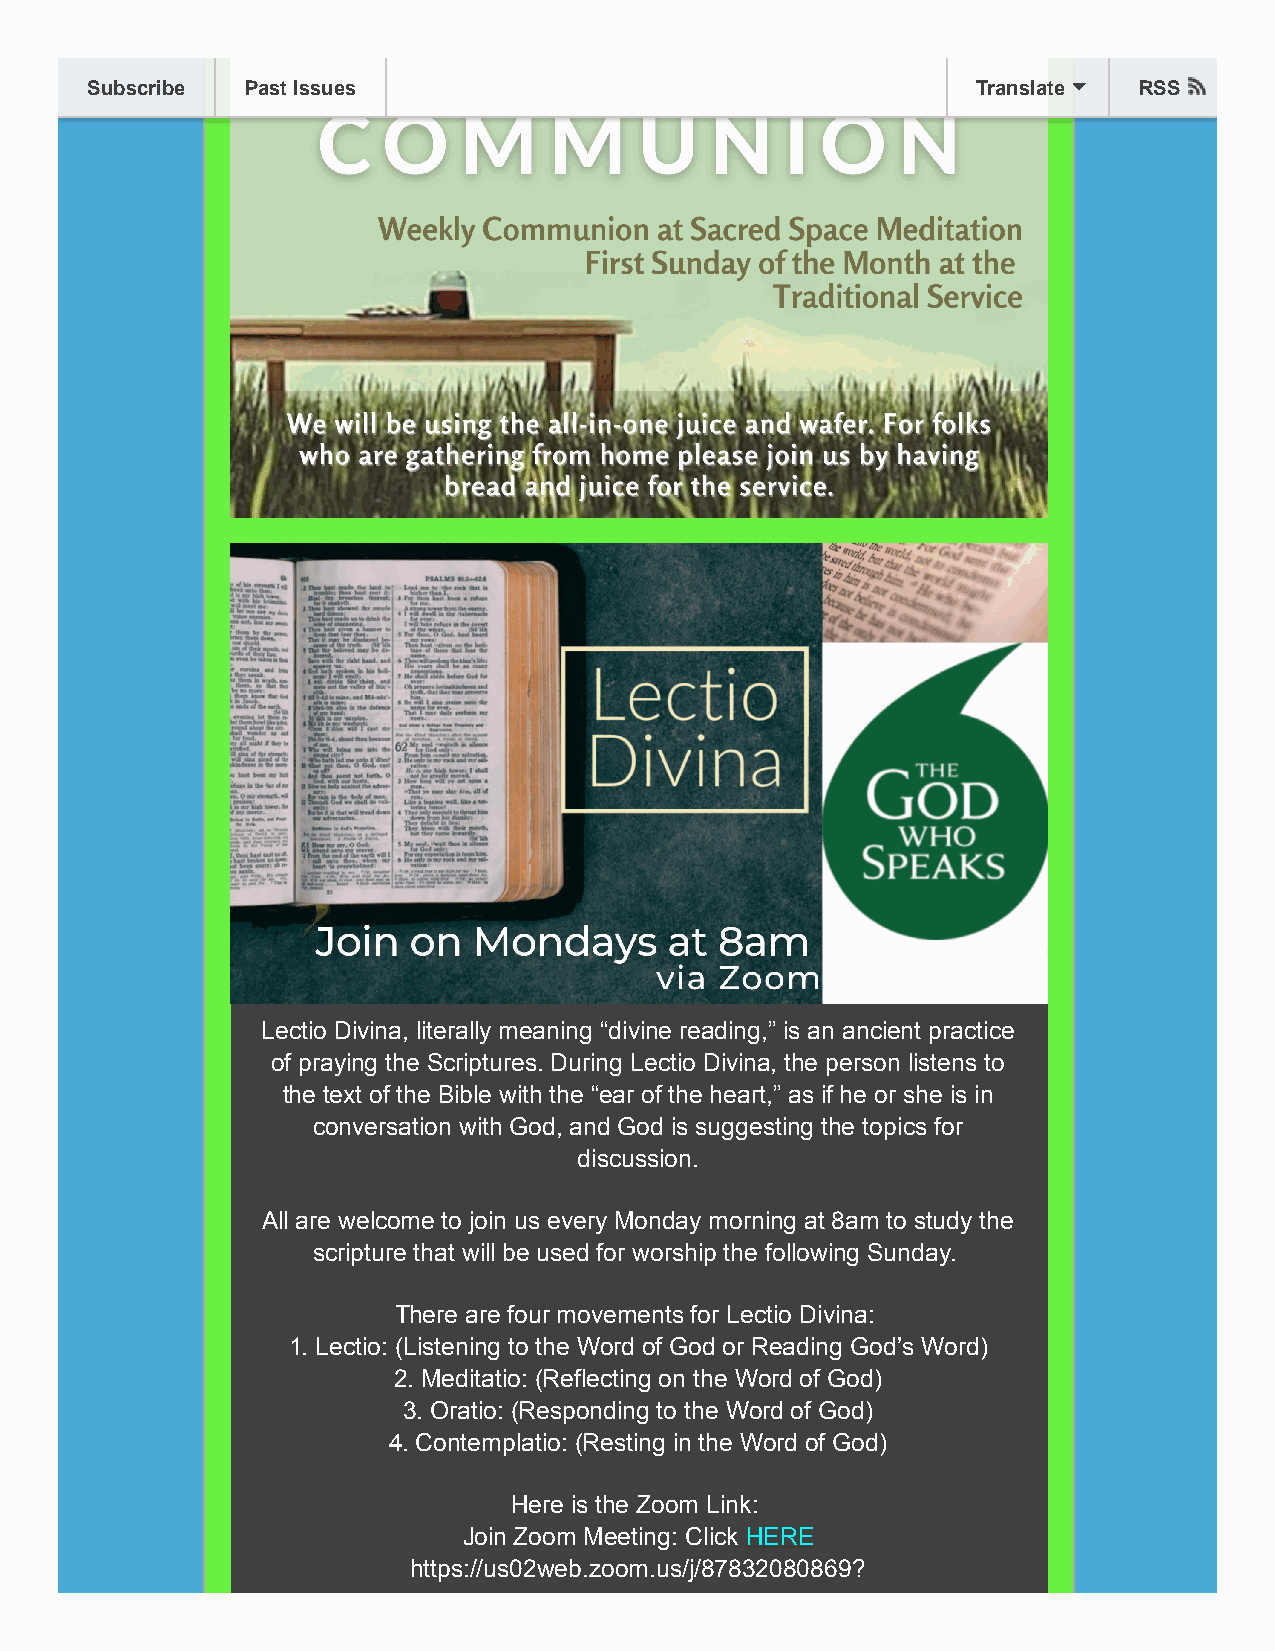
Subscribe Past Issues                                      Translate RSS
 Lectio Divina, literally meaning “divine reading,” is an ancient practice
 of praying the Scriptures. During Lectio Divina, the person listens to
 the text of the Bible with the “ear of the heart,” as if he or she is in
 conversation with God, and God is suggesting the topics for
 discussion.
 All are welcome to join us every Monday morning at 8am to study the
 scripture that will be used for worship the following Sunday.
 There are four movements for Lectio Divina:
 1. Lectio: (Listening to the Word of God or Reading God’s Word)
 2. Meditatio: (Reflecting on the Word of God)
 3. Oratio: (Responding to the Word of God)
 4. Contemplatio: (Resting in the Word of God)
 Here is the Zoom Link:
 Join Zoom Meeting: Click HERE
 https://us02web.zoom.us/j/87832080869?